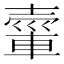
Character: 𮝘